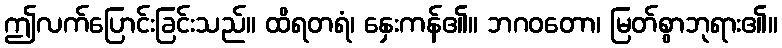
ဤလက်ပြောင်းခြင်းသည်။ ထိရတရံ၊ နှေးကန်၏။ ဘဂဝတော၊ မြတ်စွာဘုရား၏။